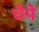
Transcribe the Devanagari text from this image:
चेपे